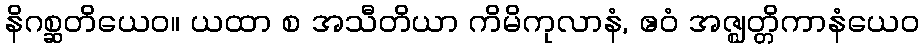
နိဂစ္ဆတိယေဝ။ ယထာ စ အသီတိယာ ကိမိကုလာနံ, ဧဝံ အဇ္ဈတ္တိကာနံယေဝ